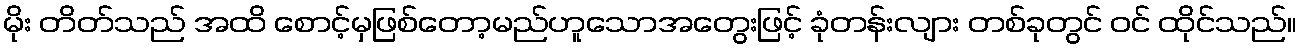
မိုး တိတ်သည် အထိ စောင့်မှဖြစ်တော့မည်ဟူသောအတွေးဖြင့် ခုံတန်းလျား တစ်ခုတွင် ဝင် ထိုင်သည်။